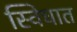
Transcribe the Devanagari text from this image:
स्विघात